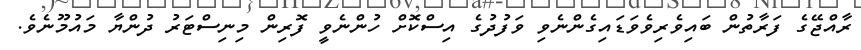
ރާއްޖޭގެ ފަރާތުން ބައިވެރިވެވަޑައިގެންނެވި ވަފުދުގެ އިސްކޮށް ހުންނެވީ ފޮރިން މިނިސްޓަރު ދުންޔާ މައުމޫނެވެ.